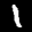
Label: 1